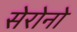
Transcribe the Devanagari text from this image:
सेरोनो